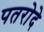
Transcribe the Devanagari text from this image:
पतरोदे